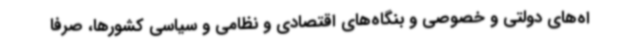
اه‌های دولتی و خصوصی و بنگاه‌های اقتصادی و نظامی و سیاسی کشورها، صرفا